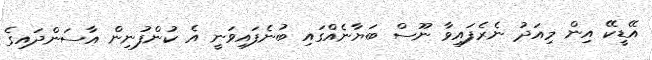
އޭޑީކޭ އިން މިއަދު ނެރެފައިވާ ނޫސް ބަޔާނެއްގައި ބުނެފައިވަނީ އެ ކުންފުނިން އާސަންދައިގެ